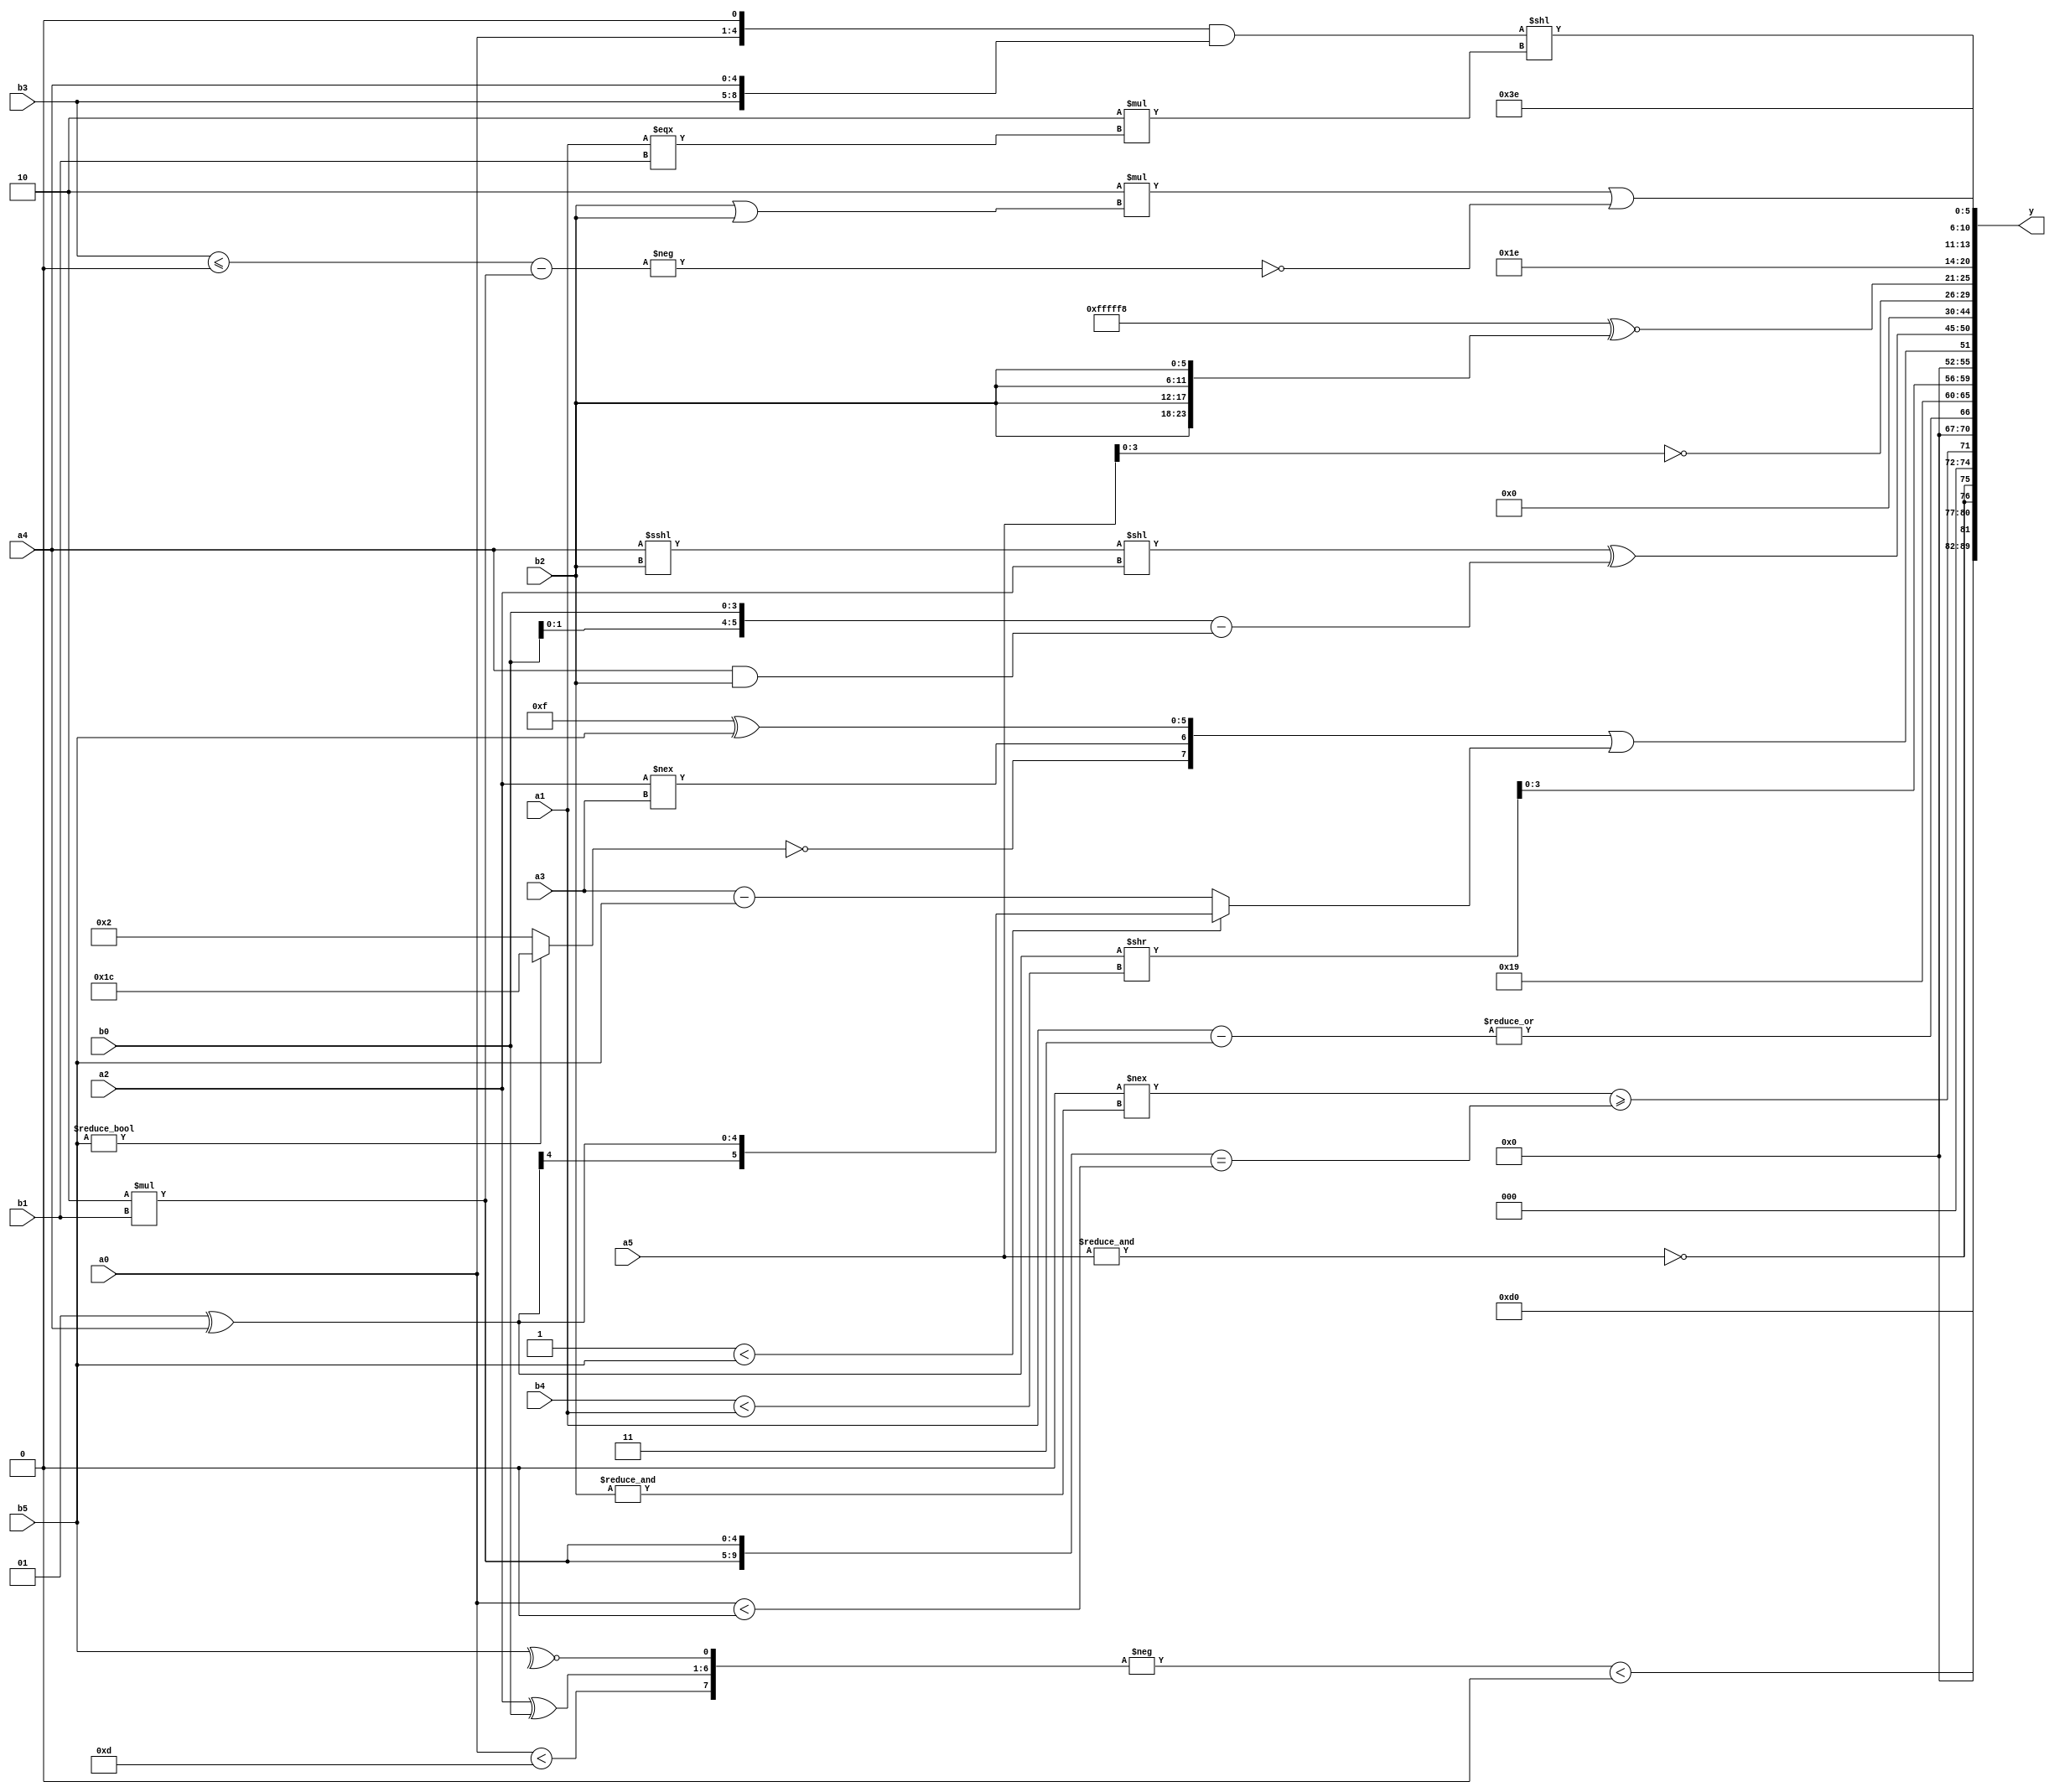
module expression_00243(a0, a1, a2, a3, a4, a5, b0, b1, b2, b3, b4, b5, y);
  input [3:0] a0;
  input [4:0] a1;
  input [5:0] a2;
  input signed [3:0] a3;
  input signed [4:0] a4;
  input signed [5:0] a5;

  input [3:0] b0;
  input [4:0] b1;
  input [5:0] b2;
  input signed [3:0] b3;
  input signed [4:0] b4;
  input signed [5:0] b5;

  wire [3:0] y0;
  wire [4:0] y1;
  wire [5:0] y2;
  wire signed [3:0] y3;
  wire signed [4:0] y4;
  wire signed [5:0] y5;
  wire [3:0] y6;
  wire [4:0] y7;
  wire [5:0] y8;
  wire signed [3:0] y9;
  wire signed [4:0] y10;
  wire signed [5:0] y11;
  wire [3:0] y12;
  wire [4:0] y13;
  wire [5:0] y14;
  wire signed [3:0] y15;
  wire signed [4:0] y16;
  wire signed [5:0] y17;

  output [89:0] y;
  assign y = {y0,y1,y2,y3,y4,y5,y6,y7,y8,y9,y10,y11,y12,y13,y14,y15,y16,y17};

  localparam [3:0] p0 = ({3{{(3'd1)}}}^~(~|({1{(5'd31)}}?((-3'sd2)?(4'd0):(-3'sd0)):((2'd1)<<<(3'sd0)))));
  localparam [4:0] p1 = (5'sd15);
  localparam [5:0] p2 = (~|(2'd1));
  localparam signed [3:0] p3 = (-3'sd0);
  localparam signed [4:0] p4 = (4'd14);
  localparam signed [5:0] p5 = (4'd13);
  localparam [3:0] p6 = (5'd2 * ((3'd4)||(3'd5)));
  localparam [4:0] p7 = {((2'd3)<(-5'sd14)),((2'd0)|(-5'sd10)),((5'd28)^(2'd3))};
  localparam [5:0] p8 = (3'd1);
  localparam signed [3:0] p9 = (~((~((4'd7)?(3'd4):(4'd11)))?((^(3'd3))*(~^(3'sd1))):(~|((5'd11)?(2'd3):(-3'sd2)))));
  localparam signed [4:0] p10 = (((4'sd6)^~(2'd0))|(-2'sd1));
  localparam signed [5:0] p11 = (~^(|({4{(|(3'd4))}}!=(-{{(4'd9),(2'd1)},((5'd13)&(2'd3)),((3'd4)?(3'd7):(-5'sd7))}))));
  localparam [3:0] p12 = ((((2'd3)?(4'sd7):(4'sd5))&&((-2'sd0)<<<(-3'sd1)))<((~(2'd0))>=((3'd1)?(3'd5):(4'sd7))));
  localparam [4:0] p13 = ((((3'd2)?(4'sd2):(5'sd13))?(^(5'd6)):(+(5'd6)))?(~^((2'sd1)?(5'sd6):(3'd5))):(((4'sd1)?(-3'sd1):(2'd1))?(~(3'd3)):(!(-2'sd1))));
  localparam [5:0] p14 = (~^((5'd3)<=(4'd11)));
  localparam signed [3:0] p15 = (~^(~^(~^{1{{3{{4{(4'd12)}}}}}})));
  localparam signed [4:0] p16 = {4{(-5'sd1)}};
  localparam signed [5:0] p17 = ((^(2'd2))^~((5'sd3)<=(4'd8)));

  assign y0 = (p5<<<p14);
  assign y1 = ((-{(a0<p5),(a2^b0),(~^b5)})<(&{(a3&&p8),(-p4),(p12+a5)}));
  assign y2 = {2{(&(~&$signed(a5)))}};
  assign y3 = $unsigned((({1{$unsigned((-2'sd0))}}!==(&{3{b2}}))>=({2{(5'd2 * b1)}}=={1{(a0<p11)}})));
  assign y4 = (|{4{({a1}-(~p13))}});
  assign y5 = ((+(3'd2))?(5'd25):(~(4'd9)));
  assign y6 = ((p15^a4)>>(b4<a1));
  assign y7 = ({(!(b5?p13:p6)),{(a2!==a3)},(p1^b5)}||({(p8<b5)}?(p15^a4):(a3-b5)));
  assign y8 = (($signed(((a4<<<b2)<<$signed(a2))))^(({4{b0}})-(a4&b2)));
  assign y9 = ($signed(({(p7&&p7)}&&($unsigned(p2)<<<$signed(p2))))>>>{{($signed({p14,p10})==({p14,p11,p7}))}});
  assign y10 = ((p15>b0)?(p7^p16):(p9?p2:p7));
  assign y11 = ($unsigned(((p3?p17:p9)%p5))<<<(4'd14));
  assign y12 = (~{p14,a5});
  assign y13 = (((-p0)^(|p16))^~{4{b2}});
  assign y14 = $unsigned((5'd15));
  assign y15 = ((5'd2 * {(b2||b2)})|(!{(-((b3<=p3)-(4'd2 * b1)))}));
  assign y16 = (((a0<<<p15)&{b3,a4})<<(6'd2 * (&(a1===b1))));
  assign y17 = (-3'sd2);
endmodule